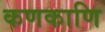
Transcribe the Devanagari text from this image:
कणकाणि